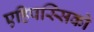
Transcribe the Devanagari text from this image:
एहिपस्सिको